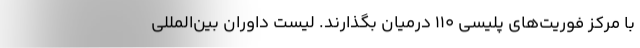
با مرکز فوریت‌های پلیسی 110 درمیان بگذارند. لیست داوران بین‌المللی